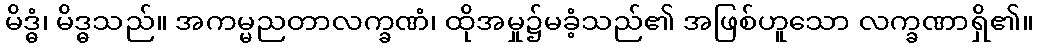
မိဒ္ဓံ၊ မိဒ္ဓသည်။ အကမ္မညတာလက္ခဏံ၊ ထိုအမှု၌မခံ့သည်၏ အဖြစ်ဟူသော လက္ခဏာရှိ၏။